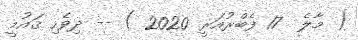
( މާލެ  17 ފެބްރުއަރީ 2020 ) -- ދިވެހި ޤައުމީ